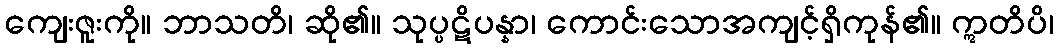
ကျေးဇူးကို။ ဘာသတိ၊ ဆို၏။ သုပ္ပဋိပန္နာ၊ ကောင်းသောအကျင့်ရှိကုန်၏။ ဣတိပိ၊